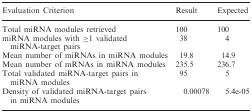
| Evaluation Criterion | Result | Expected |
 | --- | --- | --- |
 | Total miRNA modules retrieved | 100 | 100 |
 | miRNA modules with ≥1 validated miRNA-target pairs | 38 | 4 |
 | Mean number of miRNAs in miRNA modules | 19.8 | 14.9 |
 | Mean number of mRNAs in miRNA modules | 235.5 | 236.7 |
 | Total validated miRNA-target pairs in miRNA modules | 95 | 5 |
 | Density of validated miRNA-target pairs in miRNA modules | 0.00078 | 5.4e-05 |